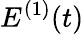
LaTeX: E^{(1)}(t)